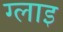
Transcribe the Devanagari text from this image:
ग्लाइ